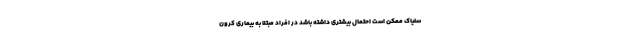
سلیاک ممکن است احتمال بیشتری داشته باشد در افراد مبتلا به بیماری کرون